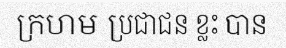
ក្រហម ប្រជាជន ខ្លះ បាន